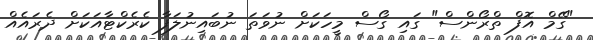
"ގޭމް އޮފް ތްރޯންސް" ގައި ގޯސް މީހަކަށް ނުވަތަ ނުބައިނުލަފާ ކެރެކްޓާއަކަށް ދެރައެއް